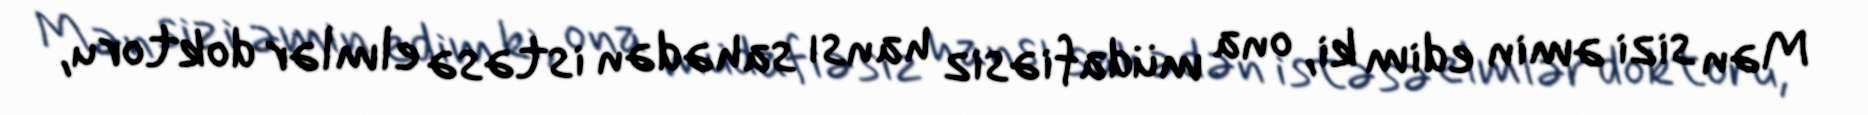
Mən sizi əmin edim ki, ona müdafiəsiz hansı sahədən istəsə elmlər doktoru,